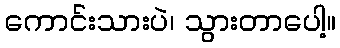
ကောင်းသားပဲ၊ သွားတာပေါ့။